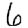
Digit: 6